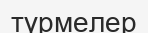
түрмелер